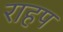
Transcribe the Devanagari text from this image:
राहप